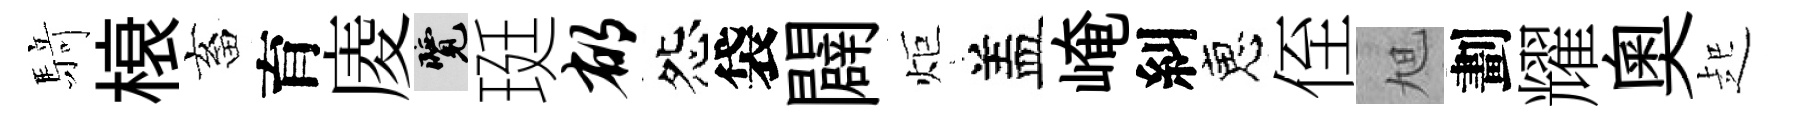
𮪍榱畜育庱覽珽郁怨袋闢炬盖崦糾恵侄旭劃耀奥起